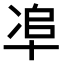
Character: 𠦥